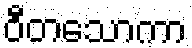
ဝီတသောကာ